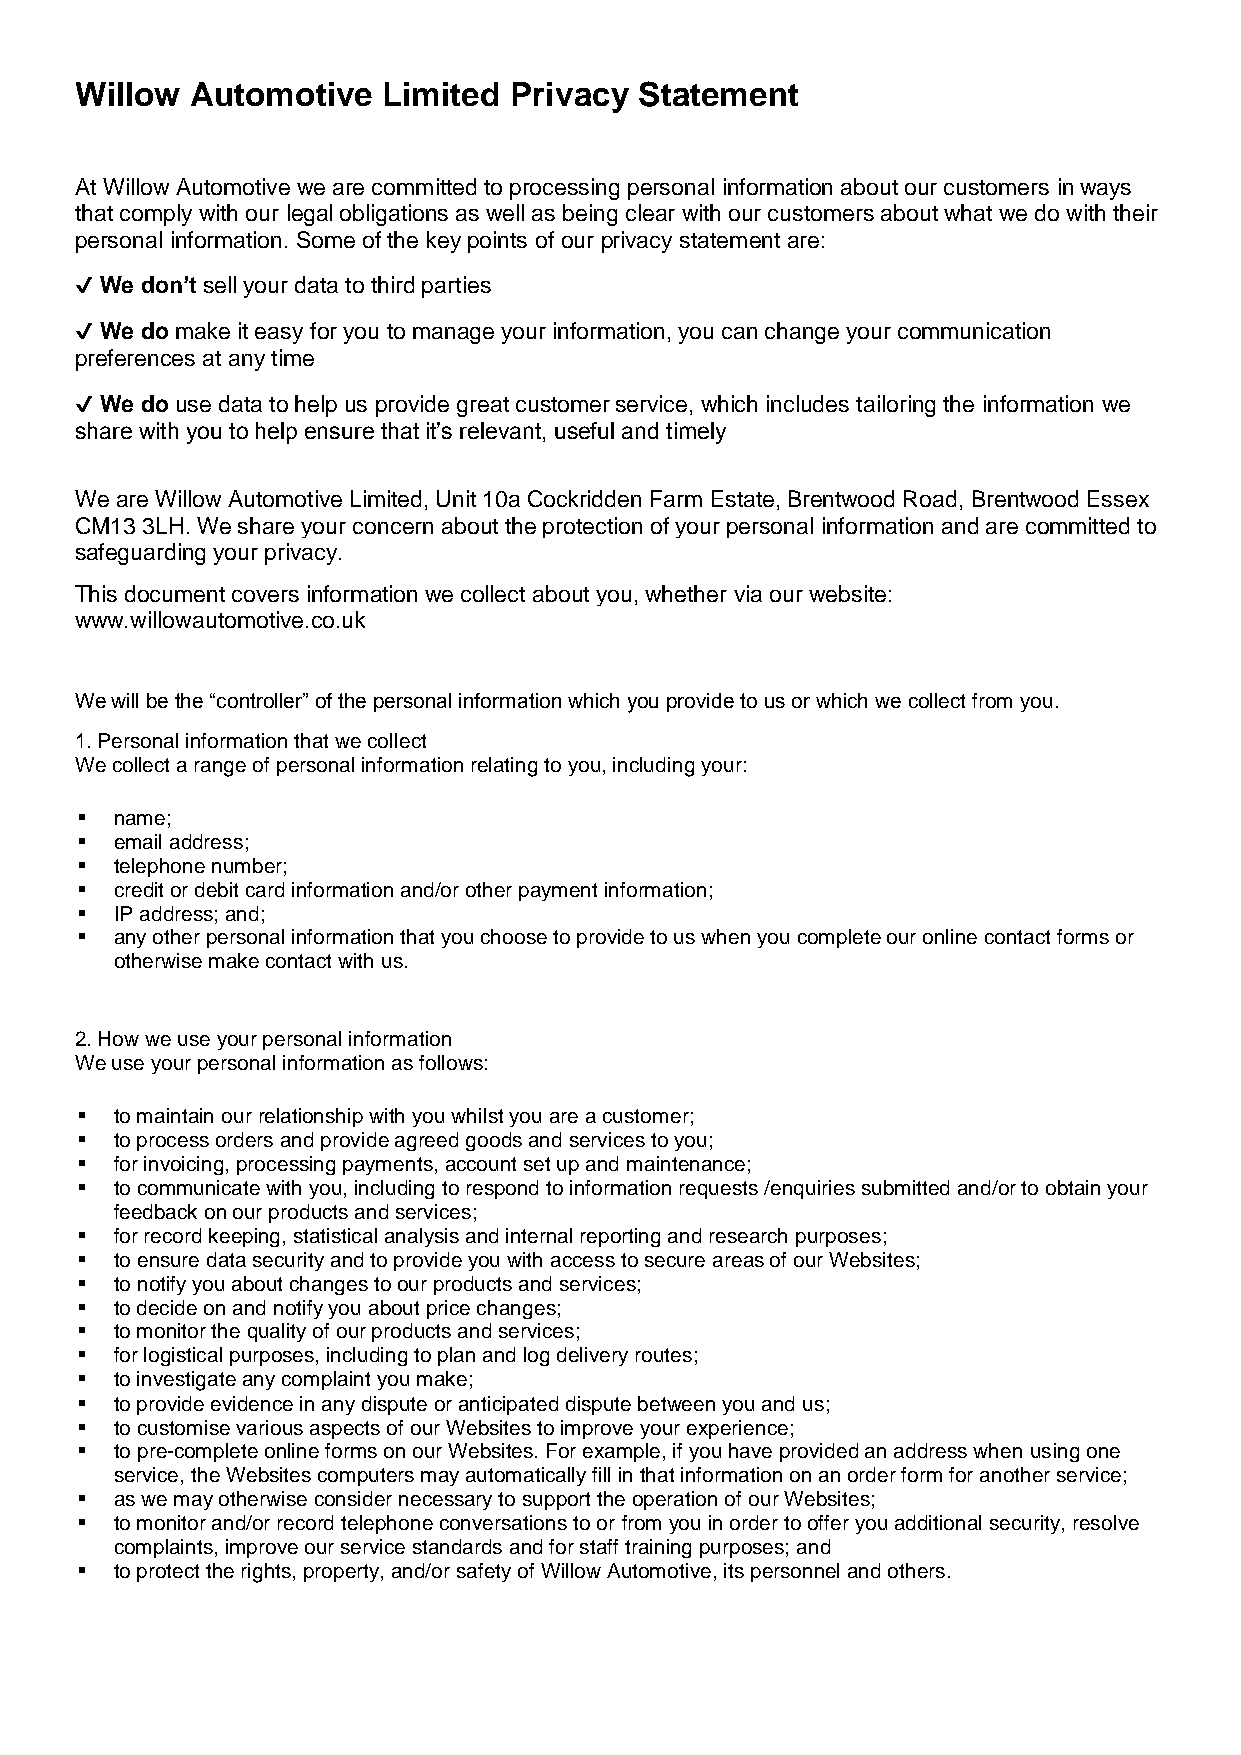
Willow  Automotive  Limited  Privacy Statement
 At Willow Automotive we are committed to processing personal information about our customers in ways
 that comply with our legal obligations as well as being clear with our customers about what we do with their
 personal information. Some of the key points of our privacy statement are:
 ✔ We don’t sell your data to third parties
 ✔ We do make it easy for you to manage your information, you can change your communication
 preferences at any time
 ✔ We do use data to help us provide great customer service, which includes tailoring the information we
 share with you to help ensure that it’s relevant, useful and timely
 We are Willow Automotive Limited, Unit 10a Cockridden Farm Estate, Brentwood Road, Brentwood Essex
 CM13 3LH. We share your concern about the protection of your personal information and are committed to
 safeguarding your privacy.
 This document covers information we collect about you, whether via our website:
 www.willowautomotive.co.uk
 We will be the “controller” of the personal information which you provide to us or which we collect from you.
 1. Personal information that we collect
 We collect a range of personal information relating to you, including your:
 ▪  name;
 ▪  email address;
 ▪  telephone number;
 ▪  credit or debit card information and/or other payment information;
 ▪  IP address; and;
 ▪  any other personal information that you choose to provide to us when you complete our online contact forms or
 otherwise make contact with us.
 2. How we use your personal information
 We use your personal information as follows:
 ▪  to maintain our relationship with you whilst you are a customer;
 ▪  to process orders and provide agreed goods and services to you;
 ▪  for invoicing, processing payments, account set up and maintenance;
 ▪  to communicate with you, including to respond to information requests /enquiries submitted and/or to obtain your
 feedback on our products and services;
 ▪  for record keeping, statistical analysis and internal reporting and research purposes;
 ▪  to ensure data security and to provide you with access to secure areas of our Websites;
 ▪  to notify you about changes to our products and services;
 ▪  to decide on and notify you about price changes;
 ▪  to monitor the quality of our products and services;
 ▪  for logistical purposes, including to plan and log delivery routes;
 ▪  to investigate any complaint you make;
 ▪  to provide evidence in any dispute or anticipated dispute between you and us;
 ▪  to customise various aspects of our Websites to improve your experience;
 ▪  to pre-complete online forms on our Websites. For example, if you have provided an address when using one
 service, the Websites computers may automatically fill in that information on an order form for another service;
 ▪  as we may otherwise consider necessary to support the operation of our Websites;
 ▪  to monitor and/or record telephone conversations to or from you in order to offer you additional security, resolve
 complaints, improve our service standards and for staff training purposes; and
 ▪  to protect the rights, property, and/or safety of Willow Automotive, its personnel and others.